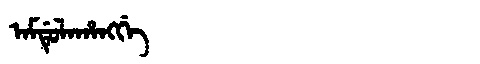
Manchu: ᠠᠮᡩᡠᠯᠠᡥᠠᠩᡤᡝ
Romanization: AMDULAHANGGE